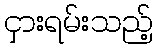
ငှားရမ်းသည့်